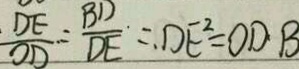
\frac { D E } { O D } = \frac { B D } { D E } = D E ^ { 2 } = O D \cdot B